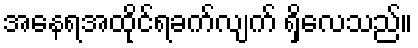
အနေရအထိုင်ရခက်လျက် ရှိလေသည်။